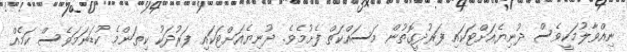
ނިއްވާލުމަކީވެސް ދުނިޔެއަށްޓަކައި ފަރުދީގޮތުން މަސައްކަތް ފެށުމެވެ. ދުނިޔެއަށްޓަކައި ފަރުދަކު ކިތަންމެ ކުޑަނަމަވެސް ކަމެއް